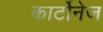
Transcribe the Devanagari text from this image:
कार्टोनेज